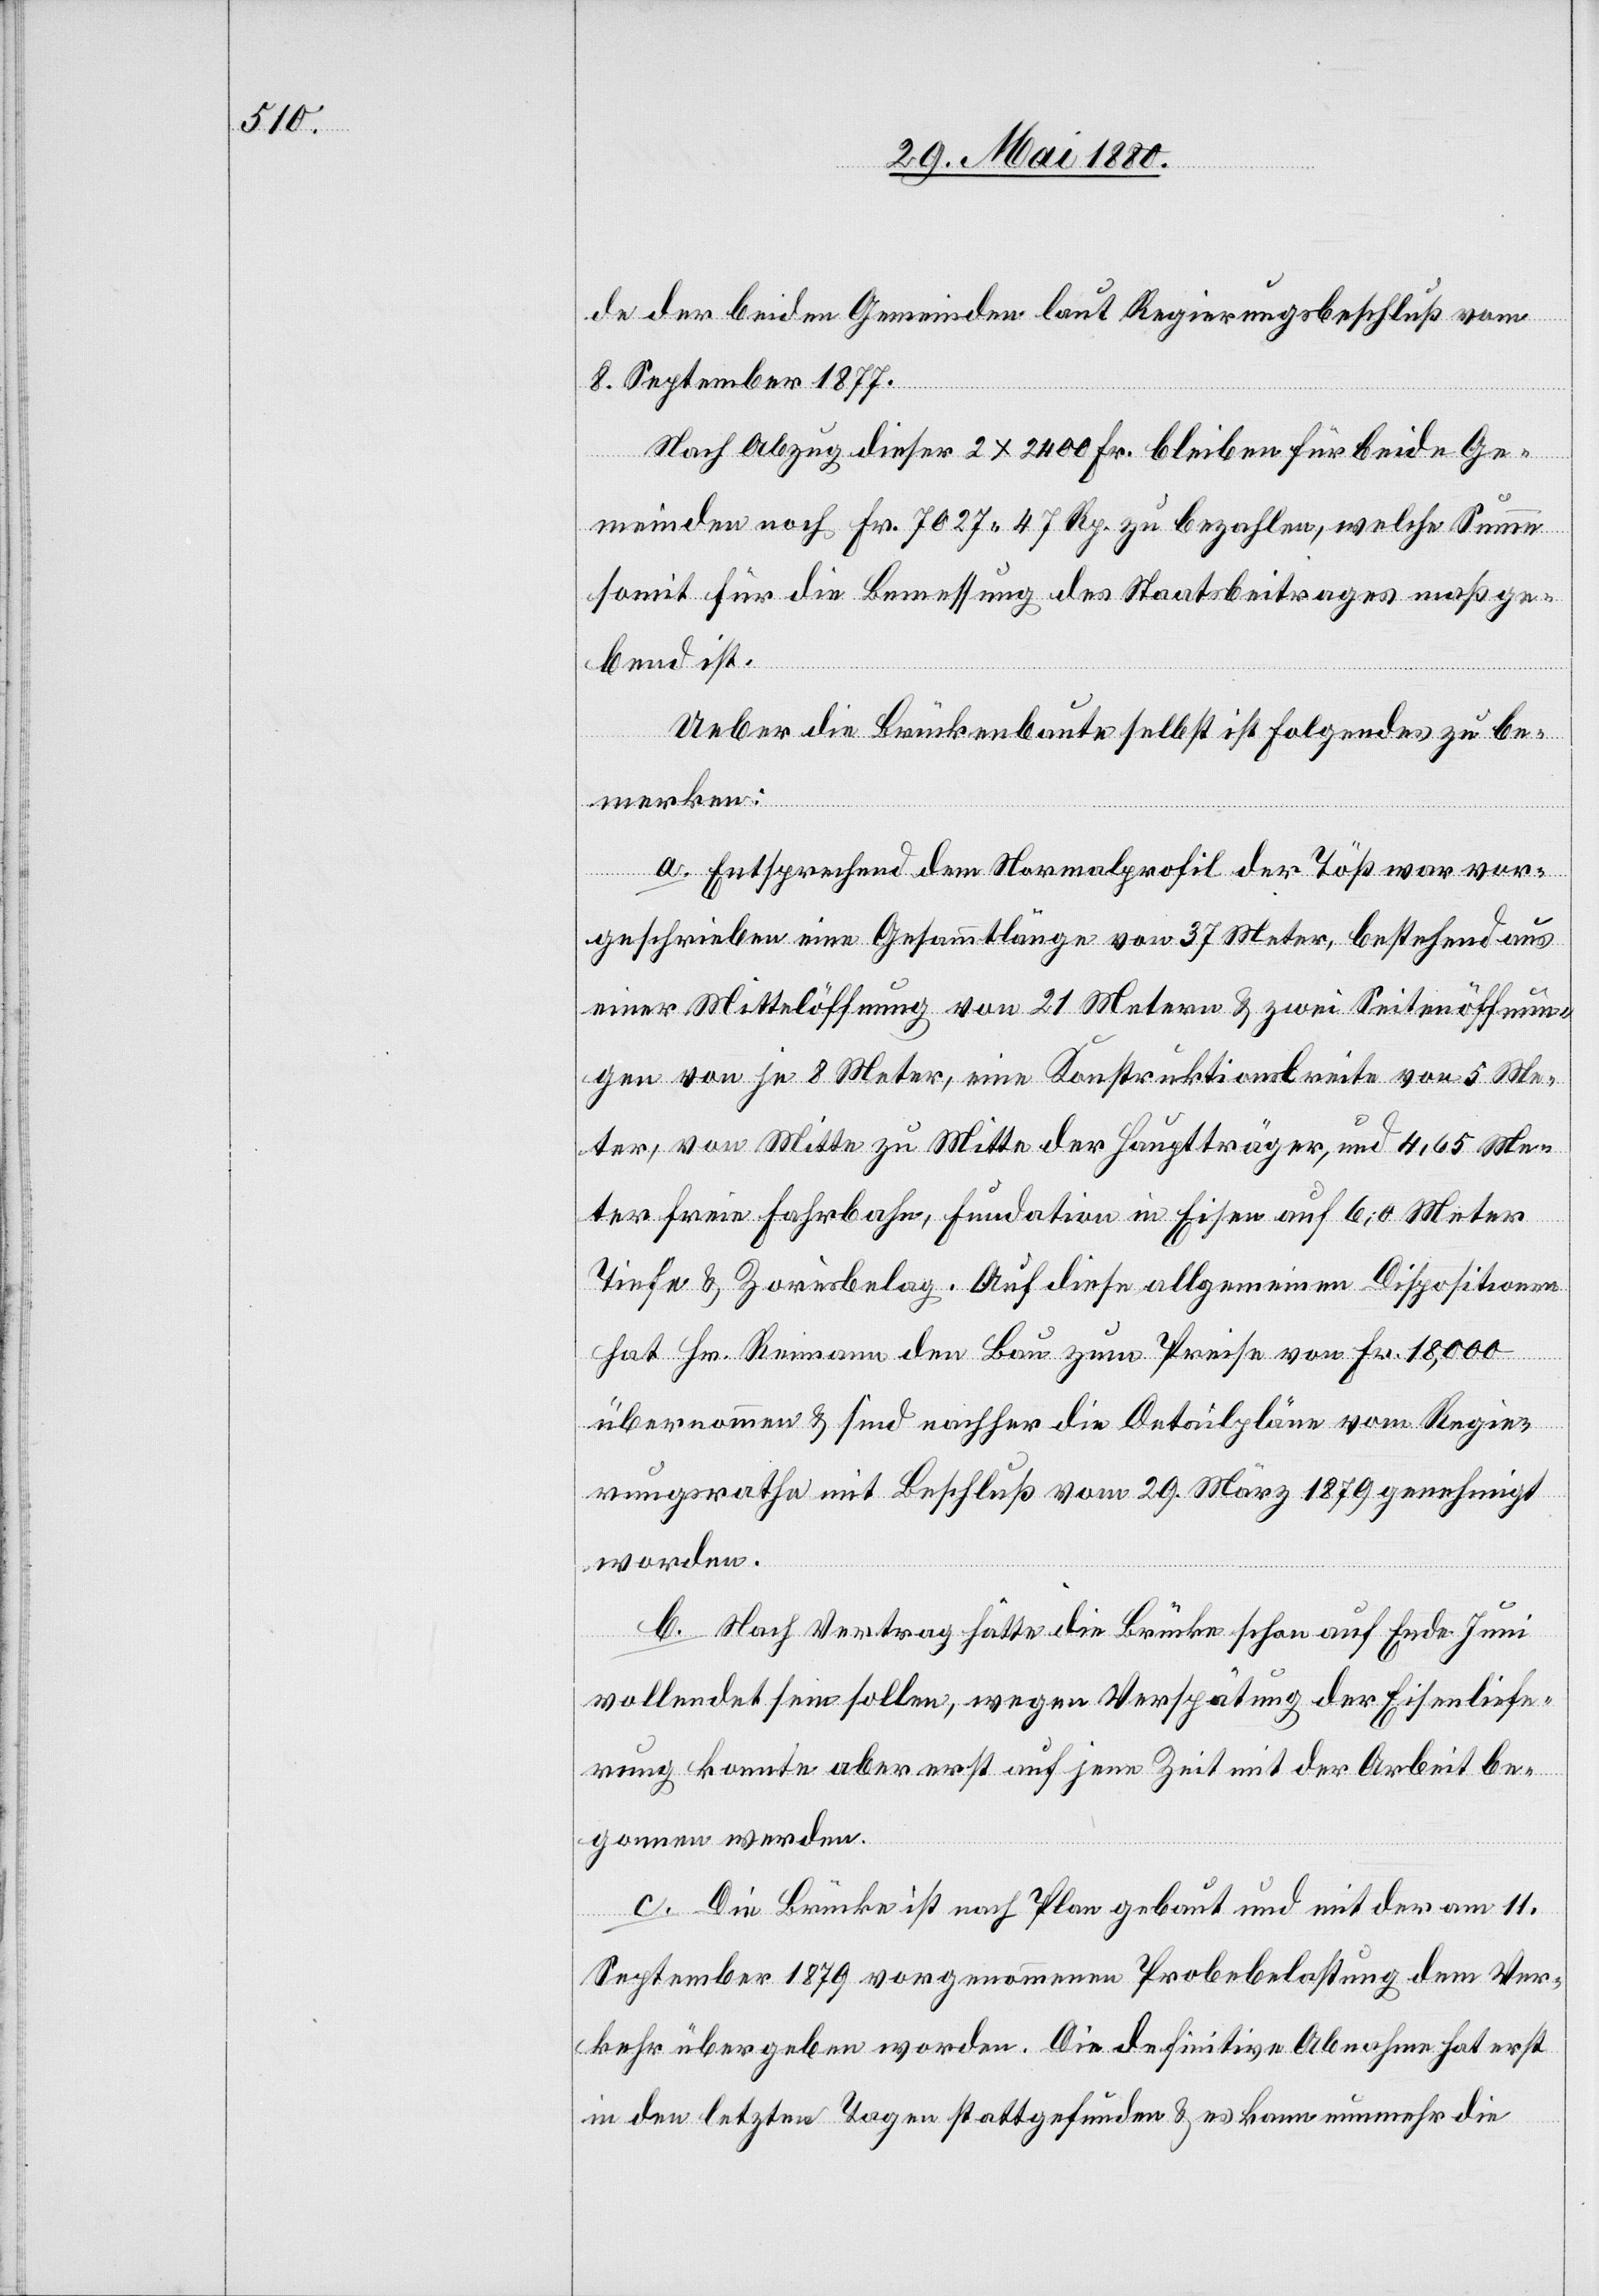
de der beiden Gemeinden laut Regierungsbeschluß vom
8. September 1877.
Nach Abzug dieser 2 x 2400 Fr. bleiben für beide Ge¬
meinden noch Fr. 7027. 47 Rp. zu bezahlen, welche Summe
somit für die Bemessung des Staatsbeitrages maßge¬
bend ist.
Ueber die Brückenbaute selbst ist folgendes zu be¬
merken:
a. Entsprechend dem Normalprofil der Töß war vor¬
geschrieben eine Gesammtlänge von 37 Meter, bestehend aus
einer Mittelöffnung von 21 Metern & zwei Seitenöffnun¬
gen von je 8 Meter, eine Konstruktionsbreite von 5 Me¬
tern, von Mitte zu Mitte der Hauptträger, und 4,65 Me¬
ter freie Fahrbahn, Fundation in Eisen auf 6,0 Meter
Tiefe & Zorèsbelag. Auf diese allgemeine Dispositionen
hat Hr. Reimann den Bau zum Preise von Fr. 18,000
übernommen & sind nachher die Detailpläne vom Regie¬
rungsrathe mit Beschluß vom 29. März 1879 genehmigt
worden.
b. Nach Vertrag hätte die Brücke auf Ende Juni
vollendet sein sollen, wegen Verspätung der Eisenliefe¬
rung konnte aber erst auf jene Zeit mit der Arbeit be¬
gonnen werden.
c. Die Brücke ist nach Plan gebaut und mit der am 11.
September 1879 vorgenommenen Probebelastung dem Ver¬
kehr übergeben worden. Die definitive Abnahme hat erst
in den letzten Tagen stattgefunden & es kann nunmehr die